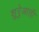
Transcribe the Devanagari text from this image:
शुरेुआती